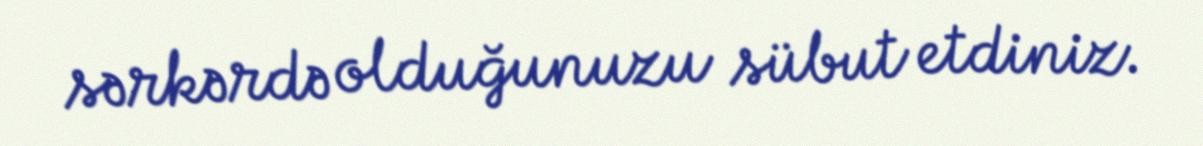
sərkərdə olduğunuzu sübut etdiniz.